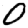
Digit: 0